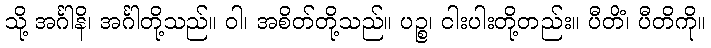
သို့ အင်္ဂါနိ၊ အင်္ဂါတို့သည်။ ဝါ၊ အစိတ်တို့သည်။ ပဉ္စ၊ ငါးပါးတို့တည်း။ ပီတိံ၊ ပီတိကို။